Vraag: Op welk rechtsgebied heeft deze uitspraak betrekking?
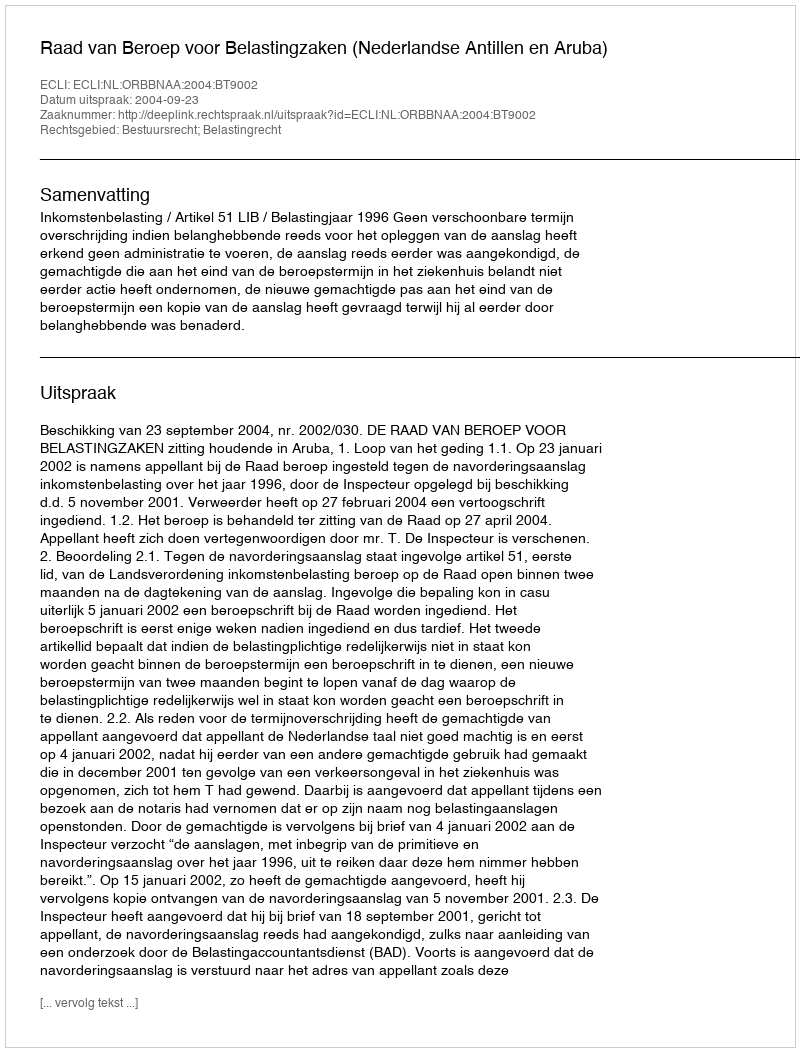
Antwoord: Bestuursrecht; Belastingrecht